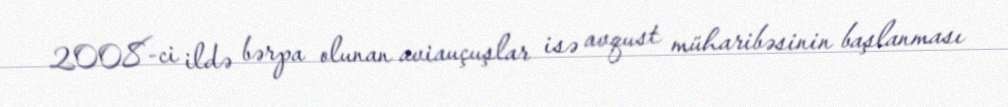
2008-ci ildə bərpa olunan aviauçuşlar isə avqust müharibəsinin başlanması